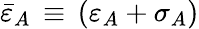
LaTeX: {\bar{\varepsilon}}_{A}\, \equiv\, (\varepsilon_{A}+\sigma_{A})